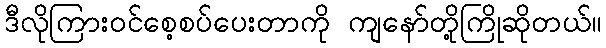
ဒီလိုကြားဝင်စေ့စပ်ပေးတာကို ကျနော်တို့ကြိုဆိုတယ်။